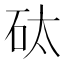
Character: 𱳪